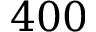
4 0 0